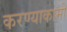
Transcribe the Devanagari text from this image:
करण्याकामी